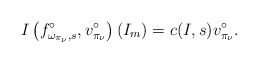
\begin{align*}I\left(f_{\omega_{\pi_\nu},s}^\circ,v^\circ_{\pi_{\nu}}\right)(I_m)=c(I,s){v}^\circ_{{\pi}_{\nu}}.\end{align*}